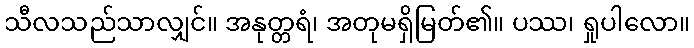
သီလသည်သာလျှင်။ အနုတ္တရံ၊ အတုမရှိမြတ်၏။ ပဿ၊ ရှုပါလော။